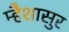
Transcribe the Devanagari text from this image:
म्हैशासुर